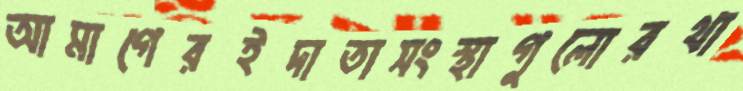
আমাগেরইদাতাসংস্থাগুলোরথা